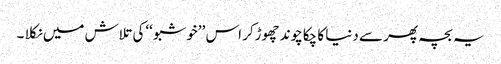
یہ بچہ پھر سے دنیا کا چکاچوند چھوڑکر اس ’’خوشبو ‘‘کی تلاش میں نکلا ۔